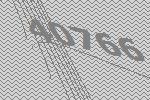
40766